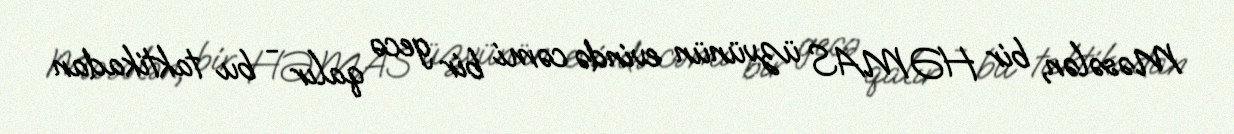
Məsələn, bir HƏMAS üzvünün evində cəmi bir gecə qalır - bu taktikadan